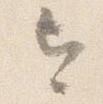
今